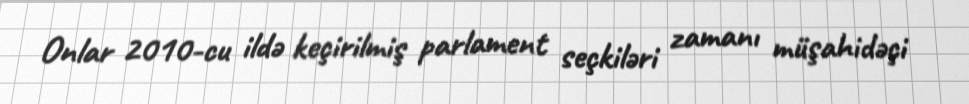
Onlar 2010-cu ildə keçirilmiş parlament seçkiləri zamanı müşahidəçi